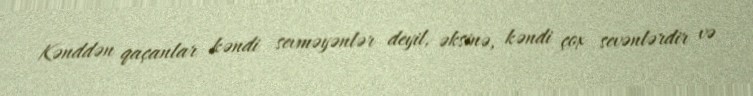
Kənddən qaçanlar kəndi sevməyənlər deyil, əksinə, kəndi çox sevənlərdir və